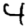
Digit: 4